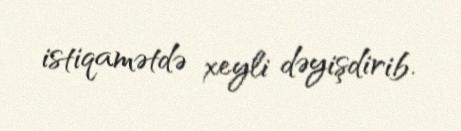
istiqamətdə xeyli dəyişdirib.